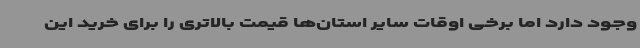
وجود دارد اما برخی اوقات سایر استان‌ها قیمت بالاتری را برای خرید این